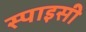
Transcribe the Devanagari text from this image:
स्‍पाइसी